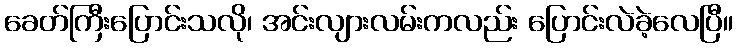
ခေတ်ကြီးပြောင်းသလို၊ အင်းလျားလမ်းကလည်း ပြောင်းလဲခဲ့လေပြီ။